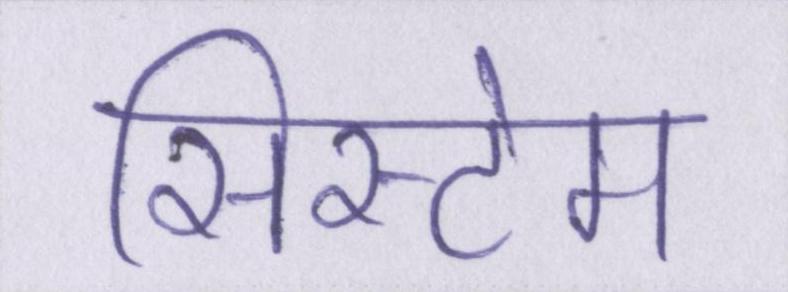
सिस्टेम